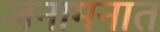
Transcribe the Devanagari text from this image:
जनामनात